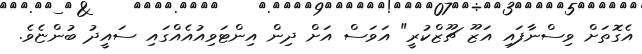
އެގޮތަށް ވިސްނާފައި އަޒޫ ޗޫޒްކުރީ" އަވަސް އަށް ދިން އިންޓަވިއުއެއްގައި ސައީދު ބުންޏެވެ.